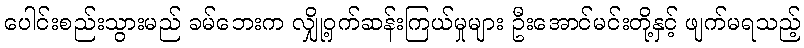
ပေါင်းစည်းသွားမည် ခမ်ဘေးက လျှို့ဝှက်ဆန်းကြယ်မှုများ ဦးအောင်မင်းတို့နှင့် ဖျက်မရသည့်